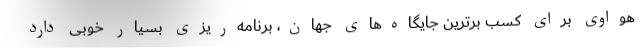
هواوی برای کسب برترین جایگاه‌های جهان، برنامه‌ریزی بسیار خوبی دارد